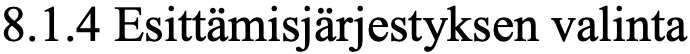
8.1.4 Esittämisjärjestyksen valinta